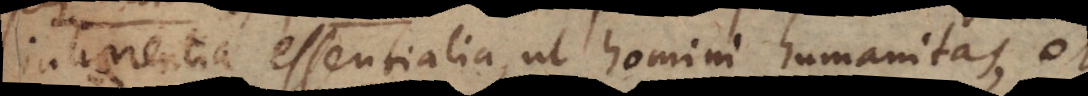
inhaerentia essentialia, ut homini humanitas, et